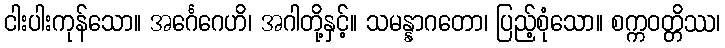
ငါးပါးကုန်သော။ အင်္ဂေဂေဟိ၊ အဂါတို့နှင့်။ သမန္နာဂတော၊ ပြည့်စုံသော။ စက္ကဝတ္တိဿ၊